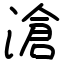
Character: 滄